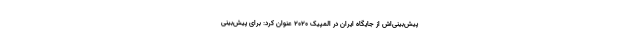
پیش‌بینی‌اش از جایگاه ایران در المپیک 2020 عنوان کرد: برای پیش‌بینی